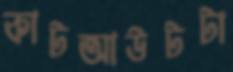
কাটআউটটা